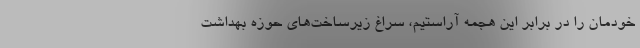
خودمان را در برابر این هجمه آراستیم، سراغ زیرساخت‌های حوزه بهداشت